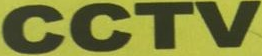
CCTV